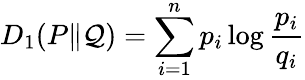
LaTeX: D_{1}(P\| \mathcal{Q})=\sum_{i=1}^{n}p_{i}\log{\frac{{p_{i}}}{{q_{i}}}}